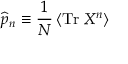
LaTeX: \widehat { p } _ { n } \equiv \frac { 1 } { N } \left\langle \mathrm { T r } \; X ^ { n } \right\rangle